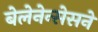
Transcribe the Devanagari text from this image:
बेलेनेन्सेसने